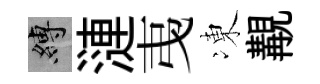
縛漣𢎯凍覯